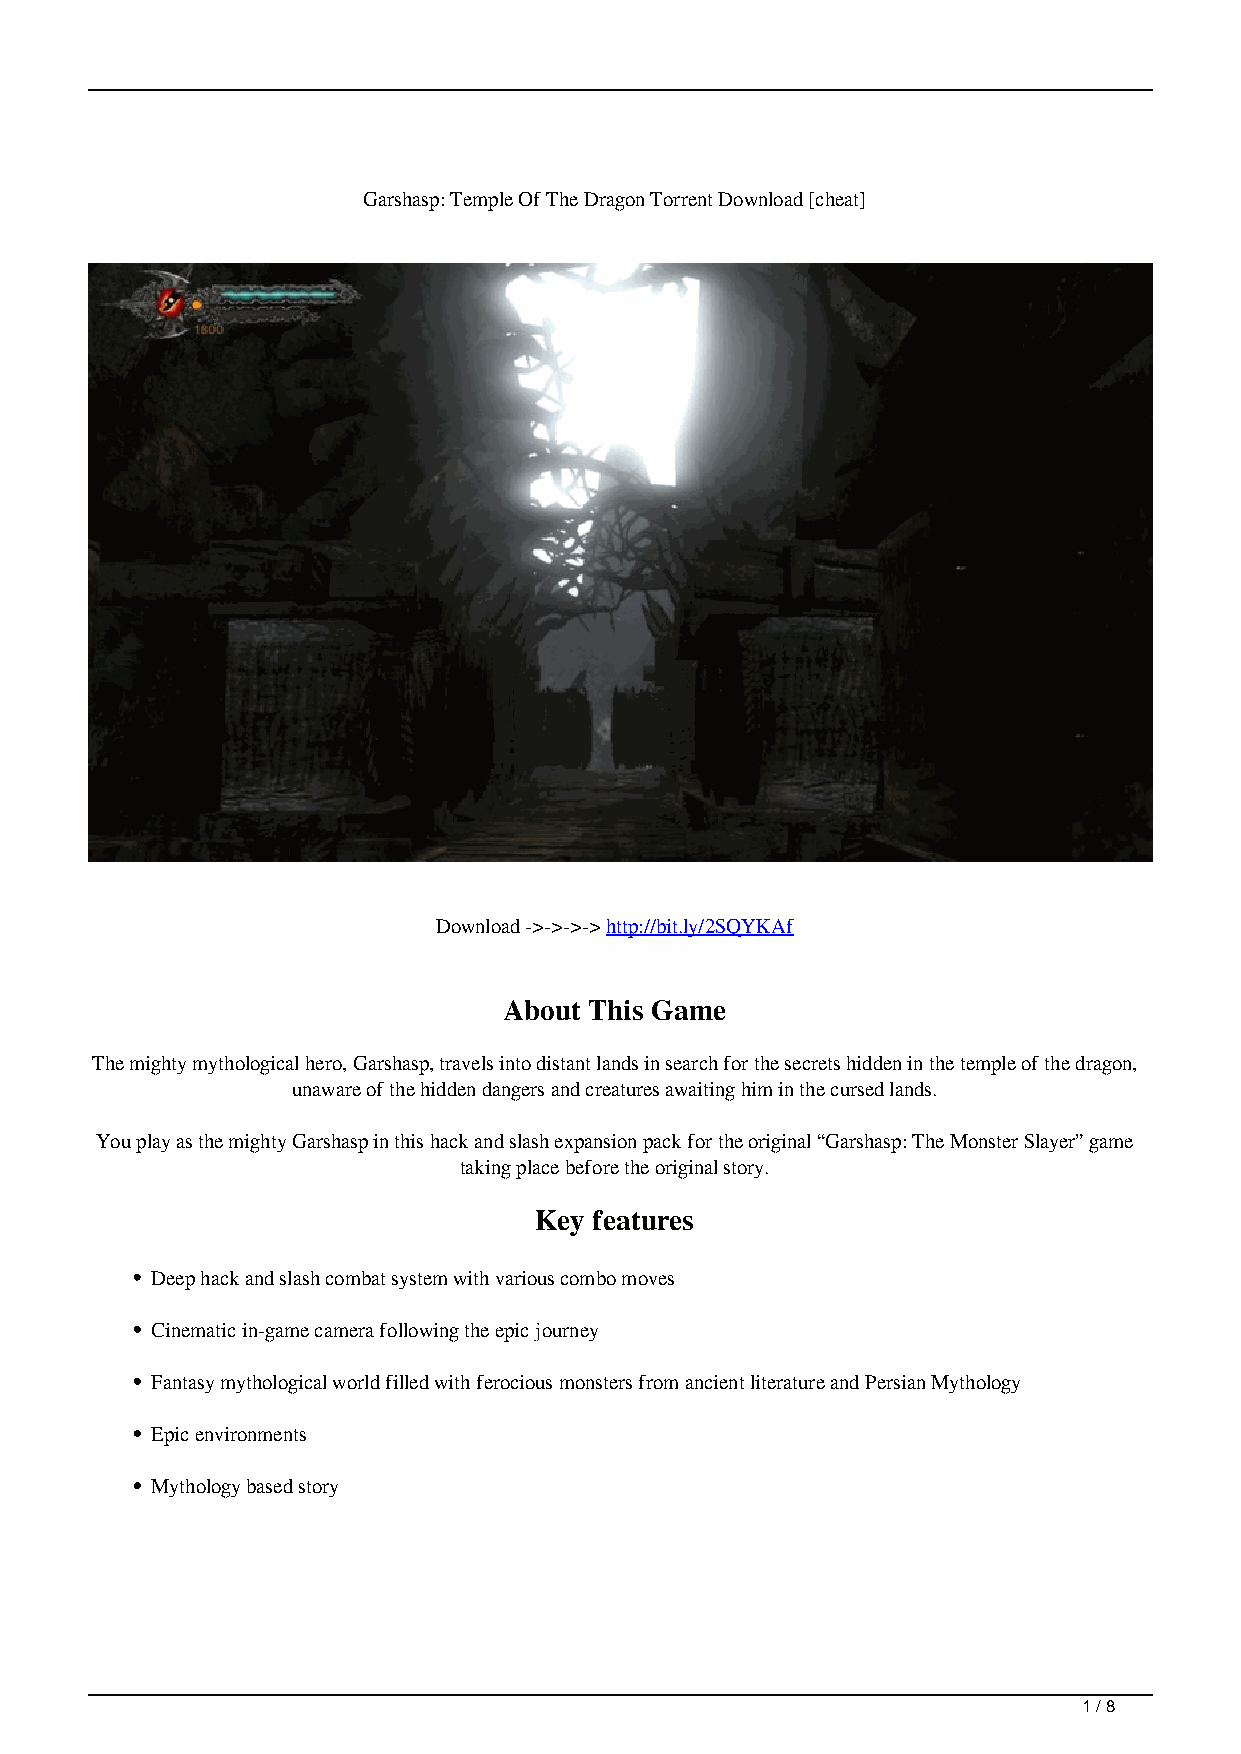
Garshasp: Temple Of The Dragon Torrent Download [cheat]
 Download ->->->-> http://bit.ly/2SQYKAf
 About This Game
 The mighty mythological hero, Garshasp, travels into distant lands in search for the secrets hidden in the temple of the dragon,
 unaware of the hidden dangers and creatures awaiting him in the cursed lands.
 You play as the mighty Garshasp in this hack and slash expansion pack for the original “Garshasp: The Monster Slayer” game
 taking place before the original story.
 Key features
 Deep hack and slash combat system with various combo moves
 Cinematic in-game camera following the epic journey
 Fantasy mythological world filled with ferocious monsters from ancient literature and Persian Mythology
 Epic environments
 Mythology based story
 1 / 8